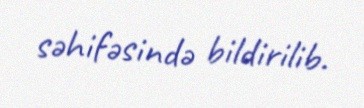
səhifəsində bildirilib.